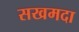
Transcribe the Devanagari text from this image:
सखमदा